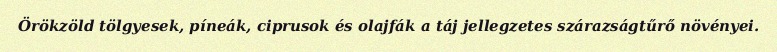
Örökzöld tölgyesek, píneák, ciprusok és olajfák a táj jellegzetes szárazságtűrő növényei.